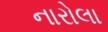
નારોલા